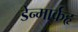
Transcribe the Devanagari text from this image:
डेन्मार्कहृ